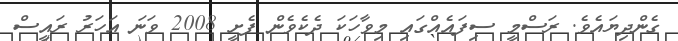
ގެންދިޔައެވެ. ރަސްމީ ސިފައެއްގައި މިވާހަކަ ދެކެވެން ފެށީ 2008 ވަނަ އަހަރު ރައީސް